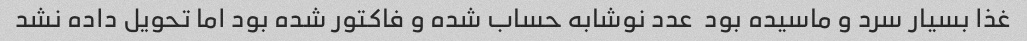
غذا بسیار سرد و ماسیده بود  عدد نوشابه حساب شده و فاکتور شده بود اما تحویل داده نشد